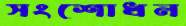
সংশোধন